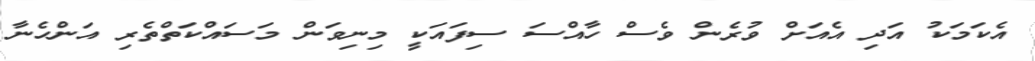
އެކަމަކު އަދި އެއަށް ވުރެން ވެސް ހާއްސަ ސިފައަކީ މިނިވަން މަސައްކަތްތެރި އަންހެނާ